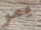
يمر